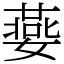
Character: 嬊